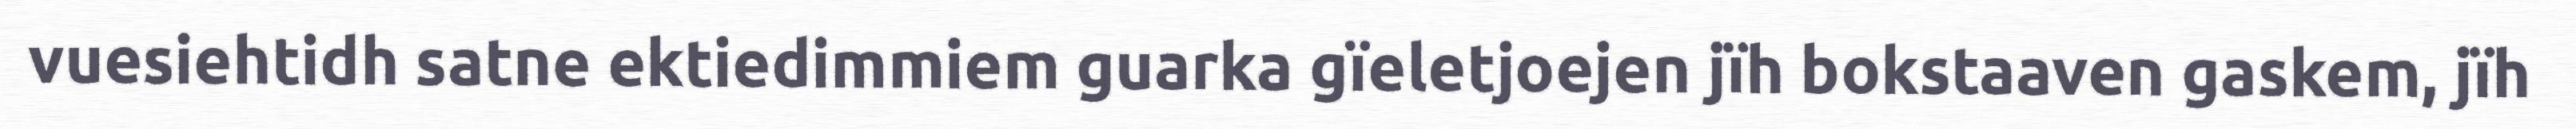
vuesiehtidh satne ektiedimmiem guarka gïeletjoejen jïh bokstaaven gaskem, jïh